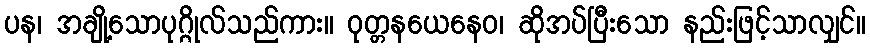
ပန၊ အချို့သောပုဂ္ဂိုလ်သည်ကား။ ဝုတ္တနယေနေဝ၊ ဆိုအပ်ပြီးသော နည်းဖြင့်သာလျှင်။